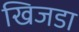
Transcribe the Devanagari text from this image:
खिजडा